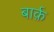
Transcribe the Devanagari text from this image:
बार्क़